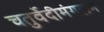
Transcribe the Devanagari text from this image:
चतुर्वेदीमंगलम